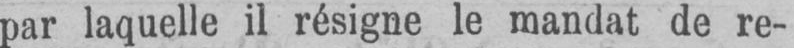
par laquelle il résigne le mandat de re-